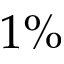
1 \%